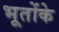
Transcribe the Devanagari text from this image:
भूतोंके